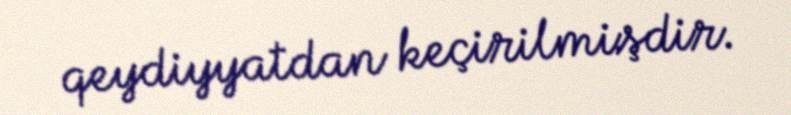
qeydiyyatdan keçirilmişdir.